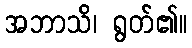
အဘာသိ၊ ရွတ်၏။